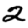
Digit: 2